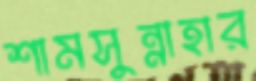
শামসুন্নাহার